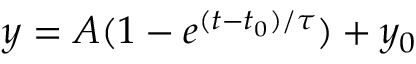
y = A ( 1 - e ^ { ( t - t _ { 0 } ) / \tau } ) + y _ { 0 }